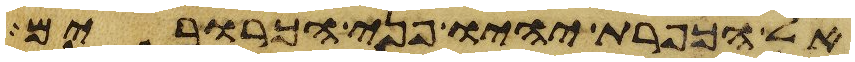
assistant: אל הכפרת יהיו פני הכרובים